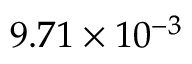
9 . 7 1 \times 1 0 ^ { - 3 }